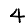
Digit: 4